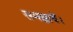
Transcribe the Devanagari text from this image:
समझायें।